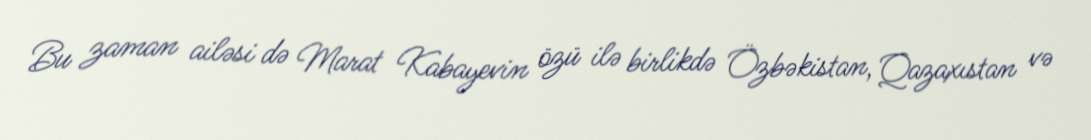
Bu zaman ailəsi də Marat Kabayevin özü ilə birlikdə Özbəkistan, Qazaxıstan və